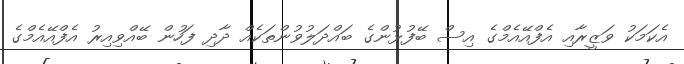
އެކަމަކު ވަޒީރާއި އެފްއޭއެމްގެ އިސް ބޭފުޅުންގެ ބައްދަލުވުންތަކެއް ދާދި ފަހުން ބޭއްވިއިރު އެފްއޭއެމްގެ